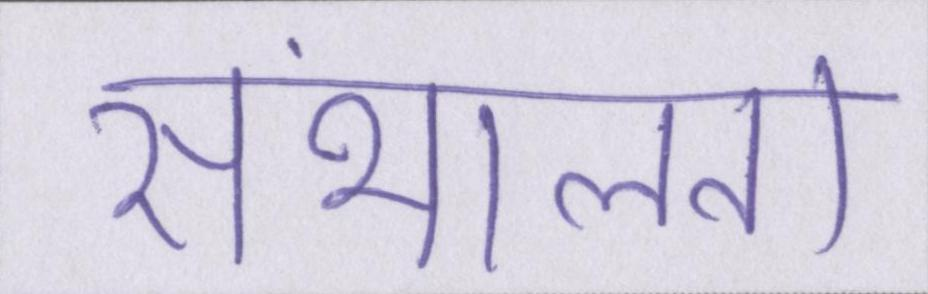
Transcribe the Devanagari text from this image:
संभालता